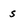
Character: s